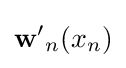
\mathbf {w'} _{n}(x_{n})